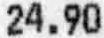
24.90